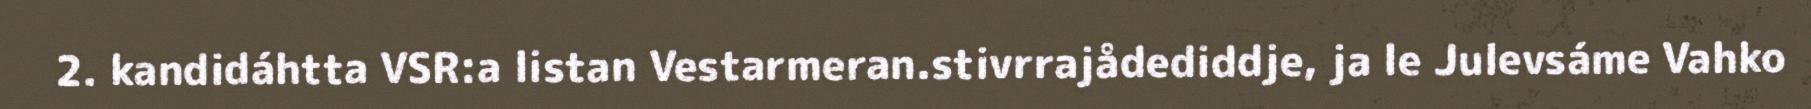
2. kandidáhtta VSR:a listan Vestarmeran.stivrrajådediddje, ja le Julevsáme Vahko